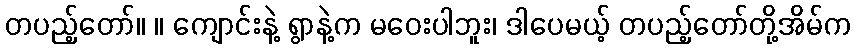
တပည့်တော်။ ။ ကျောင်းနဲ့ ရွာနဲ့က မဝေးပါဘူး၊ ဒါပေမယ့် တပည့်တော်တို့အိမ်က